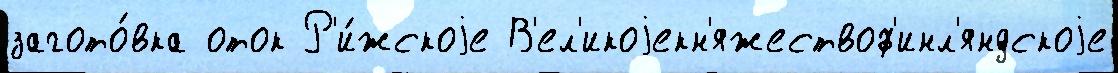
загото́вка оток Р'и́жскоjе В'ел'икоjекн'яжествоф'инл'яндскоjе